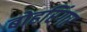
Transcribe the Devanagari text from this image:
बोहरिंगर